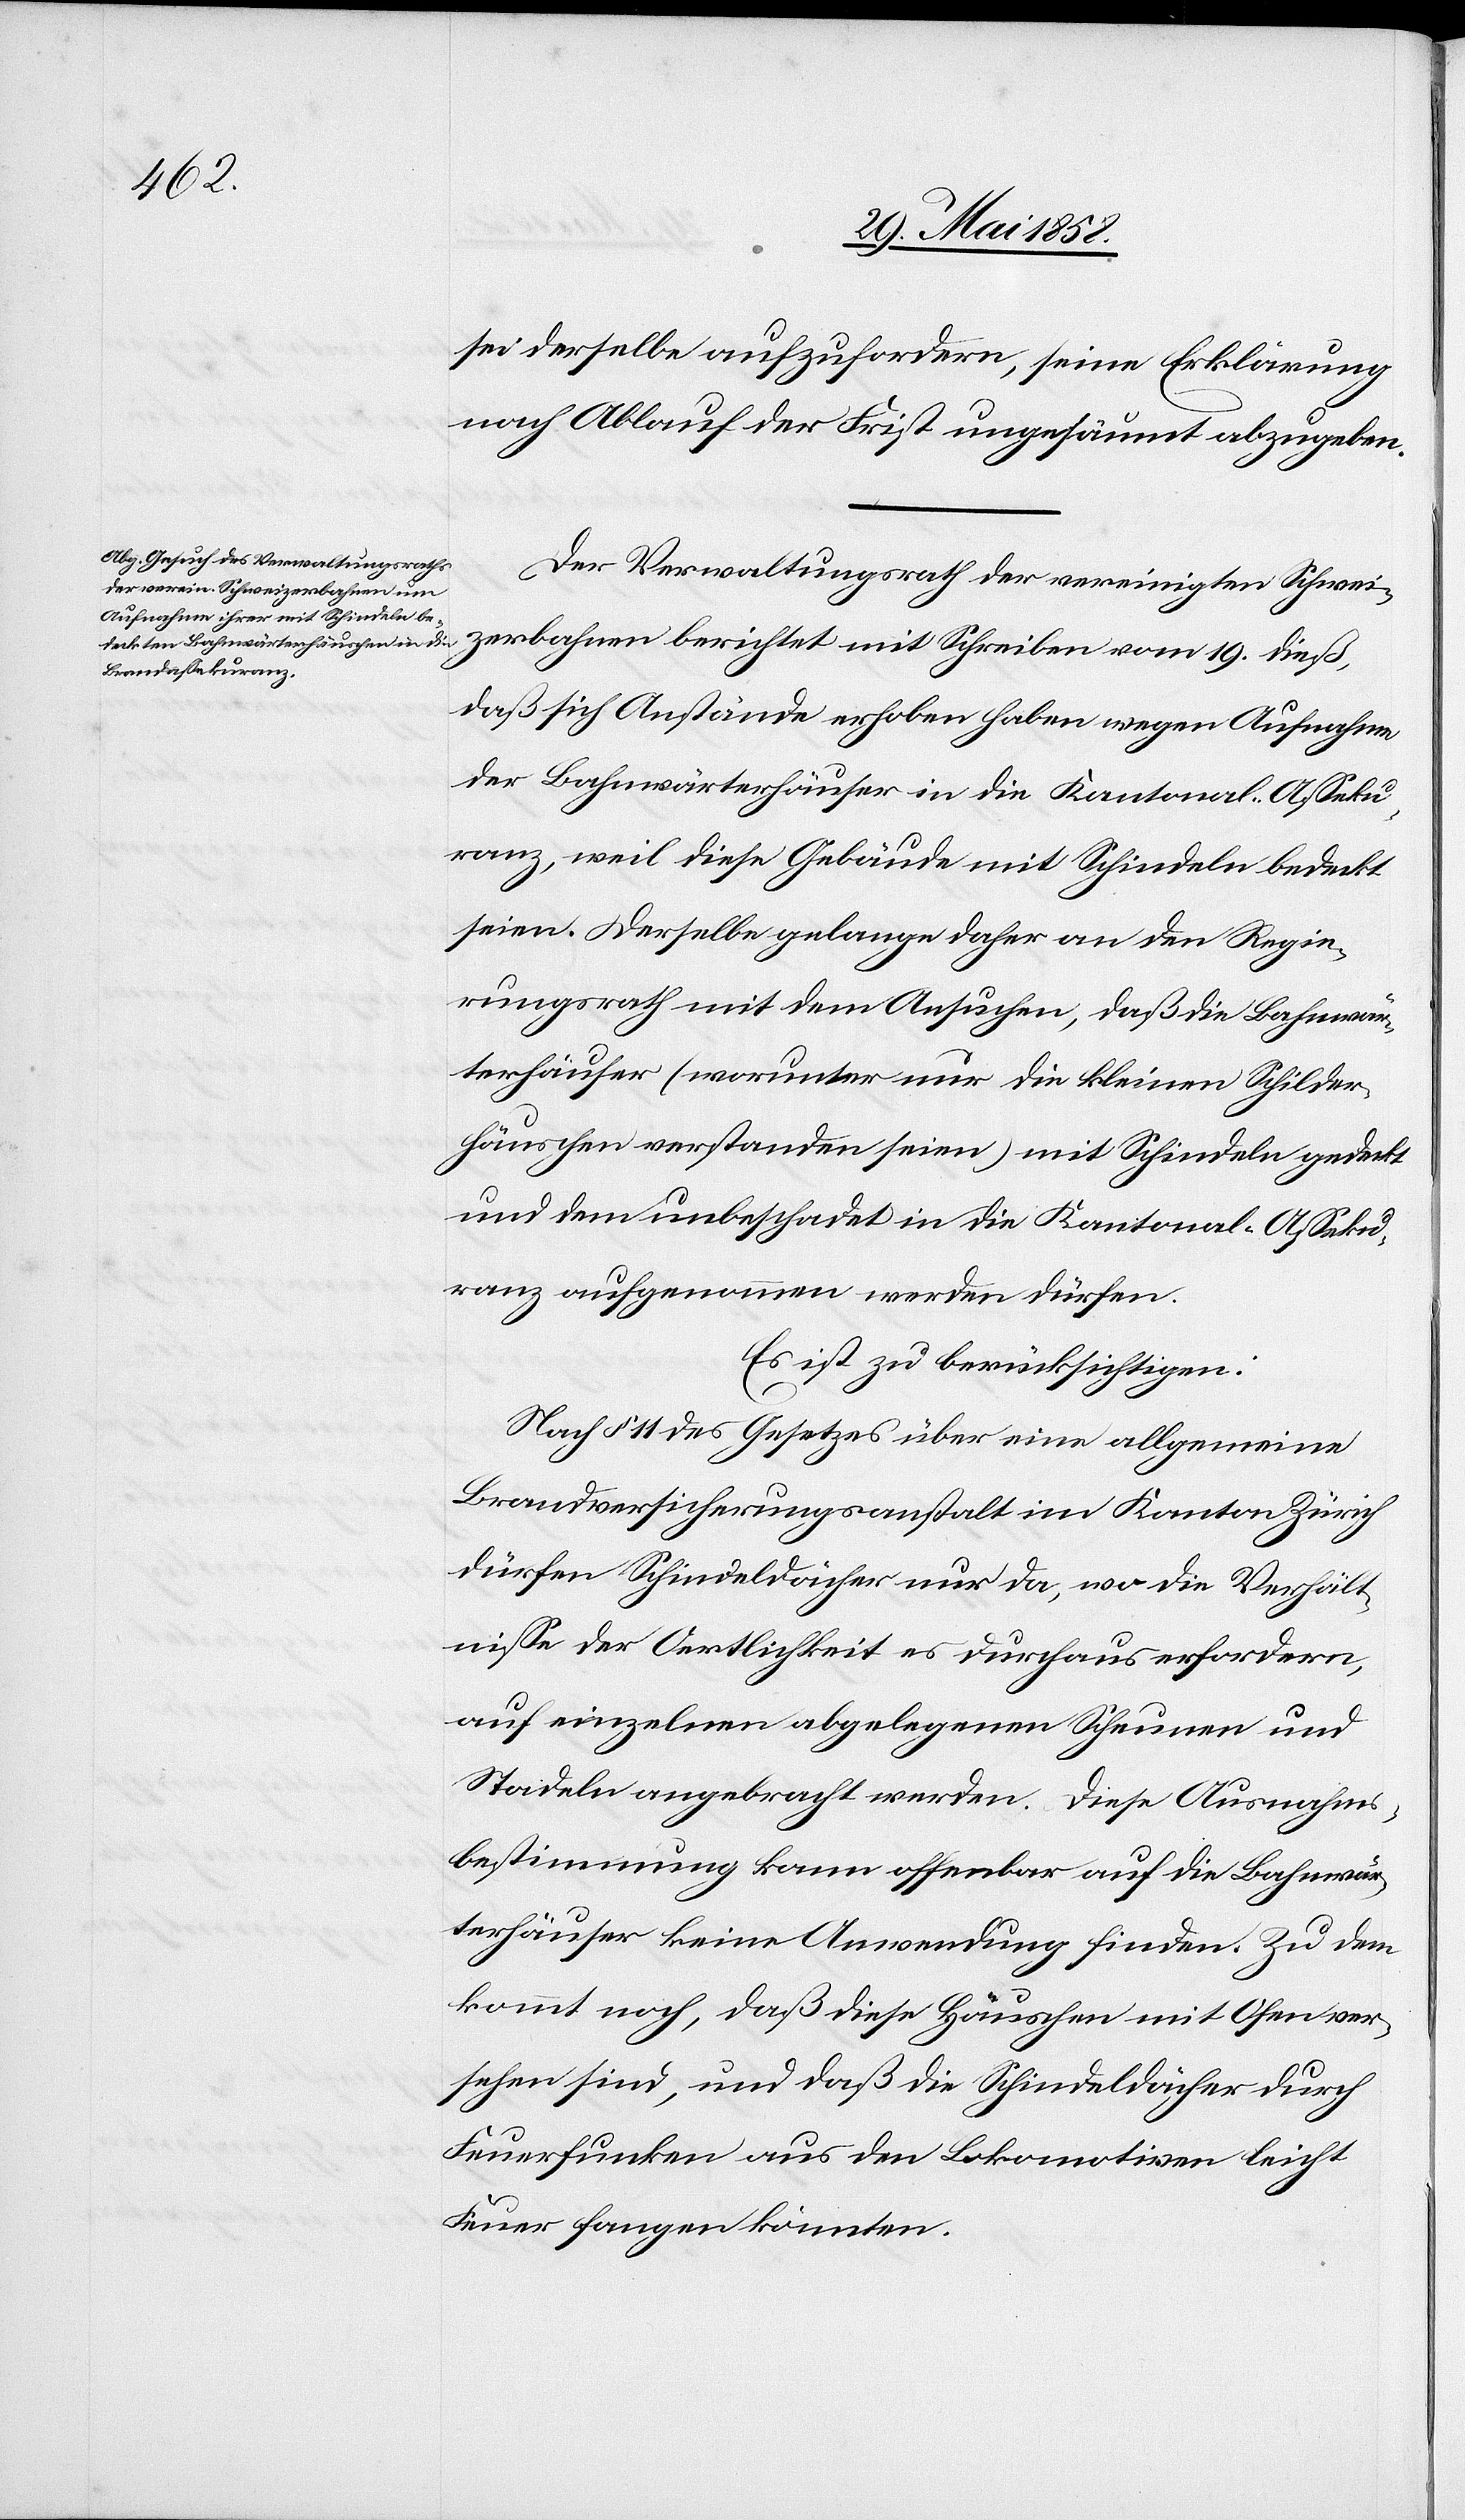
sei derselbe aufzufordern, seine Erklärung
nach Ablauf der Frist ungesäumt abzugeben.
Der Verwaltungsrath der vereinigten Schwei¬
zerbahnen berichtet mit Schreiben vom 19. dieß,
daß sich Anstände erhoben haben wegen Aufnahme
der Bahnwärterhäuser in die Kantonal-Asseku¬
ranz, weil diese Gebäude mit Schindeln bedeckt
seien. Derselbe gelange daher an den Regie¬
rungsrath mit dem Ansuchen, daß die Bahnwär¬
terhäuser (worunter nur die kleinen Schilder¬
häuschen verstanden seien) mit Schindeln gedeckt
und dem unbeschadet in die Kantonal-Asseku¬
ranz aufgenommen werden dürfen.
Es ist zu berücksichtigen:
Nach § 11 des Gesetzes über eine allgemeine
Brandversicherungsanstalt im Kanton Zürich
dürfen Schindeldächer nur da, wo die Verhält¬
nisse der Oertlichkeit es durchaus erfordern,
auf einzelnen abgelegenen Scheunen und
Stadeln angebracht werden. Diese Ausnahms¬
bestimmung kann offenbar auf die Bahnwär¬
terhäuser keine Anwendung finden. Zu dem
kommt noch, daß diese Häuschen mit Ofen ver¬
sehen sind, und daß die Schindeldächer durch
Feuerfunken aus den Lokomotiven leicht
Feuer fangen könnten.